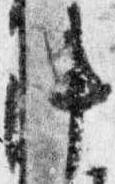
陣